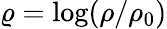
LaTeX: \varrho=\log(\rho/\rho_{0})